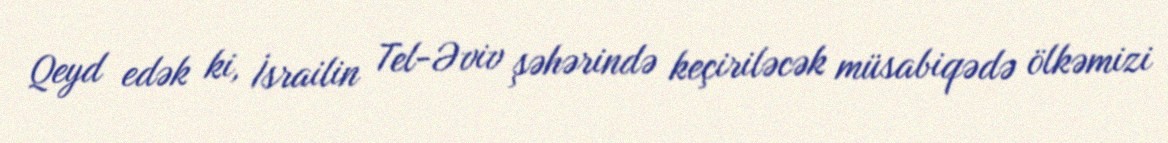
Qeyd edək ki, İsrailin Tel-Əviv şəhərində keçiriləcək müsabiqədə ölkəmizi